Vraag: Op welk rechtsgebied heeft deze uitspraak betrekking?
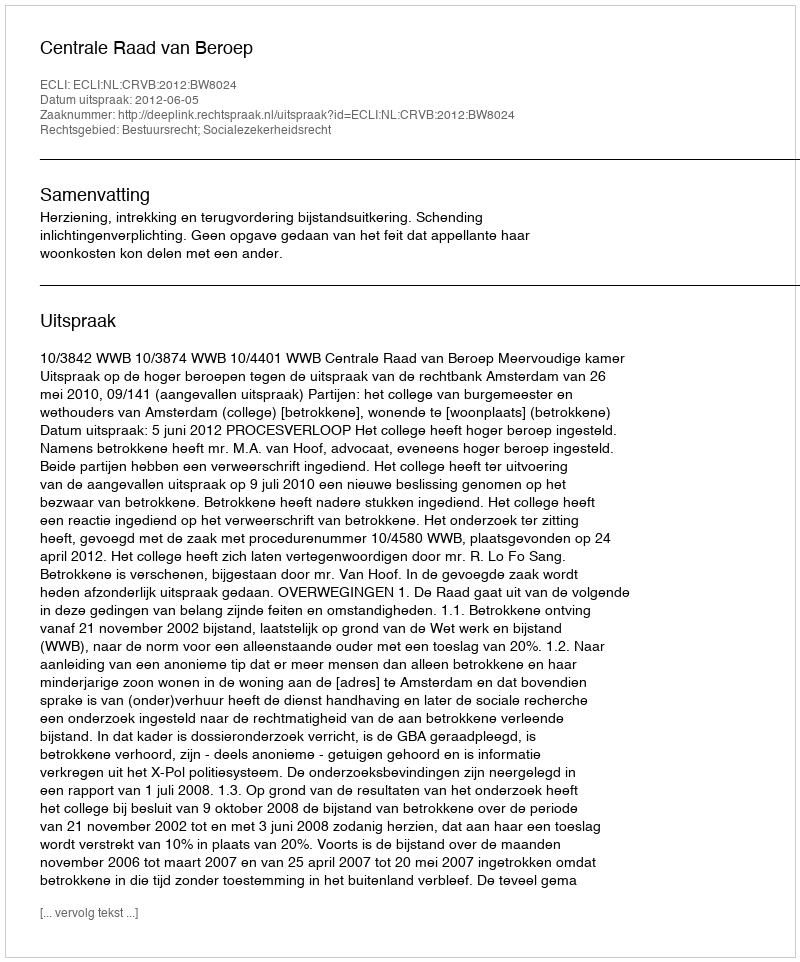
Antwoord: Bestuursrecht; Socialezekerheidsrecht